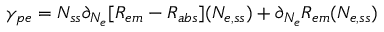
\gamma _ { p e } = N _ { s s } \partial _ { N _ { e } } [ R _ { e m } - R _ { a b s } ] ( N _ { e , s s } ) + \partial _ { N _ { e } } R _ { e m } ( N _ { e , s s } )